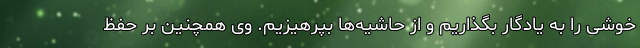
خوشی را به یادگار بگذاریم و از حاشیه‌ها بپرهیزیم. وی همچنین بر حفظ